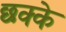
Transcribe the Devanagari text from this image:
छक्‍के